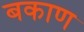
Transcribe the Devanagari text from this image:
बकाण